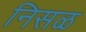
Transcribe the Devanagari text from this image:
निसळ